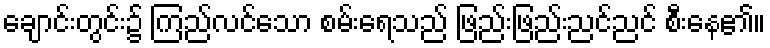
ချောင်းတွင်း၌ ကြည်လင်သော စမ်းရေသည် ဖြည်းဖြည်းညင်ညင် စီးနေ၏။